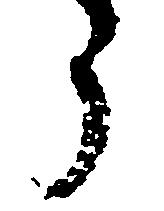
う